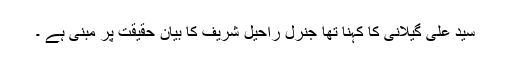
سید علی گیلانی کا کہنا تھا جنرل راحیل شریف کا بیان حقیقت پر مبنی ہے ۔